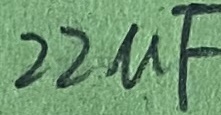
Text: 22µF